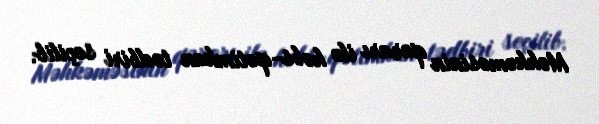
Məhkəməsinin qərarı ilə həbs-qətimkan tədbiri seçilib.